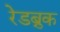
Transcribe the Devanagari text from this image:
रेडब्रुक